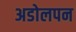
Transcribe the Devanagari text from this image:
अडोलपन